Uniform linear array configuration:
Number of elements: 32
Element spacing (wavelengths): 0.25
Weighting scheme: exponential
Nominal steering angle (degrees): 30
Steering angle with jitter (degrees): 29.694
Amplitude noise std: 0.05
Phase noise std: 0.05

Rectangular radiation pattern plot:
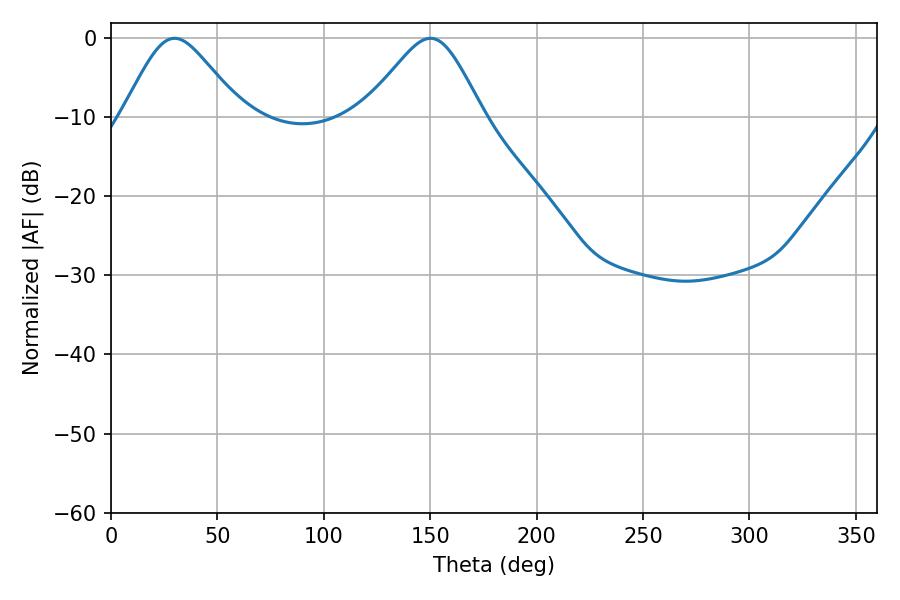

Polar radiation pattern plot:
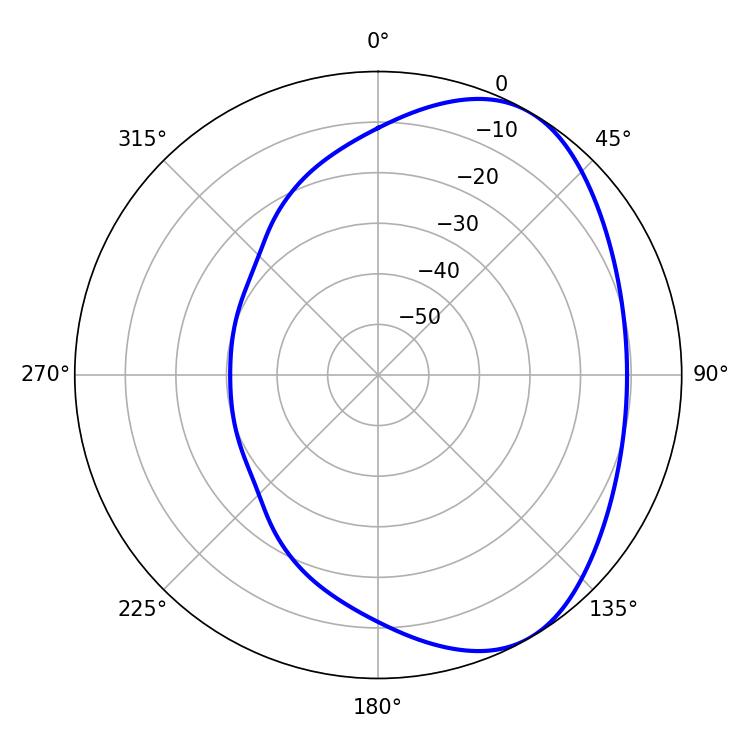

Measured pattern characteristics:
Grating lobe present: FALSE
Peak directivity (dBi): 4.92
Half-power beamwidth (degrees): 27.36
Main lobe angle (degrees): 29.88